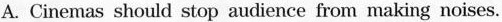
A. Cinemas should stop audience from making noises.